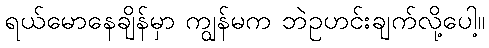
ရယ်မောနေချိန်မှာ ကျွန်မက ဘဲဥဟင်းချက်လို့ပေါ့။